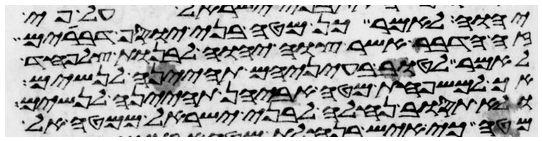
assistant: יהוה לאמר כן מטה בני יוסף דברים
זה הדבר אשר צוה יהוה לבנות צלפחד
לאמר לטוב בעיניהם תהינה לנשים
אך למשפחת מטה אביהן תהינה לנשים
ולא תסוב נחלה לבני ישראל ממטה אל